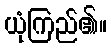
ယုံကြည်၏။